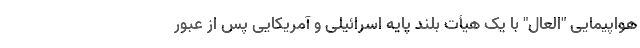
هواپیمایی "العال" با یک هیأت بلند پایه اسرائیلی و آمریکایی پس از عبور